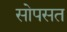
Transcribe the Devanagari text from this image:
सोपसत